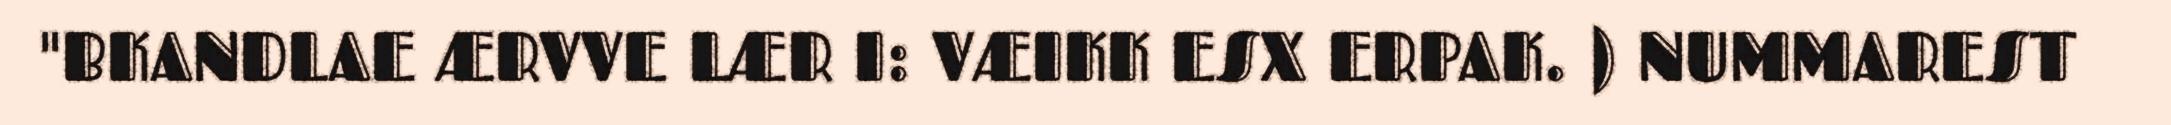
"BKANDLAE ÆRVVE LÆR I: VÆIKK ESX ERPAK. ) NUMMAREST